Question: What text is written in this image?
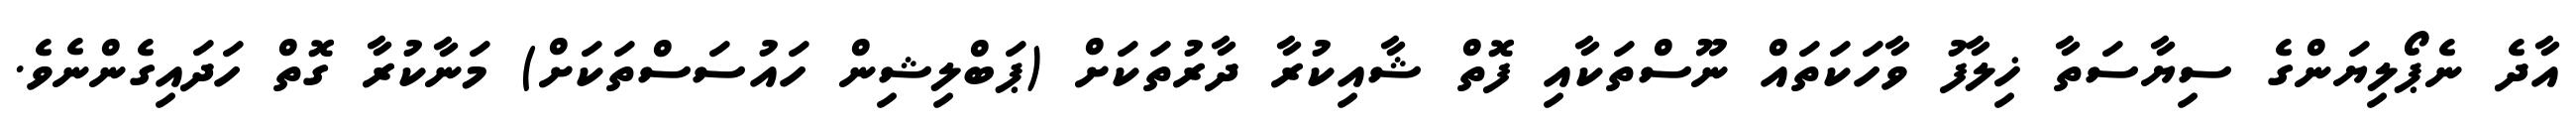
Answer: އާދެ ނެޕޯލިޔަންގެ ސިޔާސަތާ ޚިލާފު ވާހަކަތައް ނޫސްތަކާއި ފޮތް ޝާއިކުރާ ދާރުތަކަށް (ޕަބްލިޝިން ހައުސަސްތަކަށް) މަނާކުރާ ގޮތް ހަދައިގެންނެވެ.